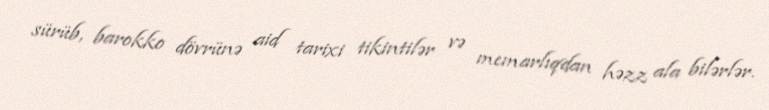
sürüb, barokko dövrünə aid tarixi tikintilər və memarlıqdan həzz ala bilərlər.